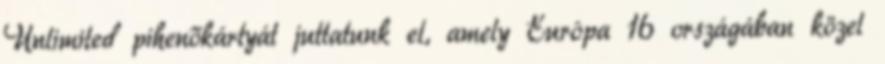
Unlimited pihenőkártyát juttatunk el, amely Európa 16 országában közel